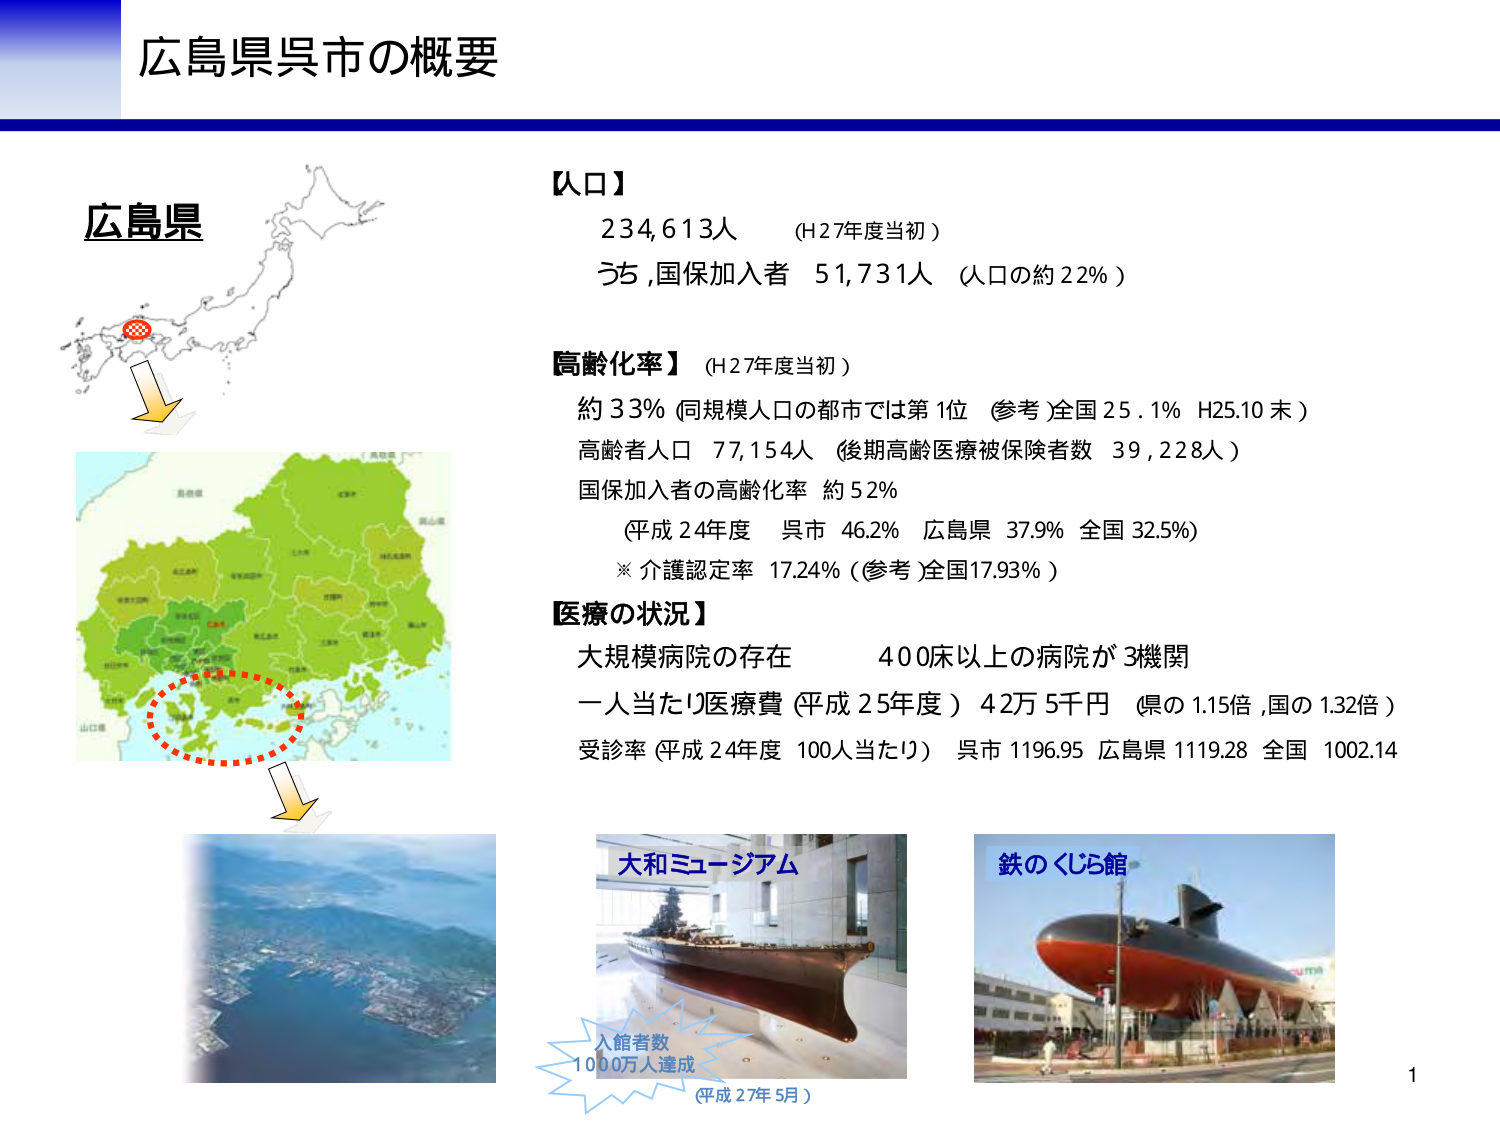
広島県呉市の概要

広島県

【人口】
234,613人 （H27年度当初）
うち、国保加入者 51,731人 （人口の約22％）

【高齢化率】（H27年度当初）
約33％（同規模人口の都市では第1位 （参考）全国25.1％ H25.10末）
高齢者人口 77,154人 （後期高齢医療被保険者数 39,228人）
国保加入者の高齢化率 約52％
（平成24年度 呉市 46.2％ 広島県 37.9％ 全国 32.5％）
※介護認定率 17.24％（参考）全国17.93％）

【医療の状況】
大規模病院の存在 400床以上の病院が3機関
一人当たり医療費（平成25年度）42万5千円 （県の1.15倍、国の1.32倍）
受診率（平成24年度 100人当たり）呉市 1196.95 広島県 1119.28 全国 1002.14

大和ミュージアム
入館者数
1000万人達成
（平成27年5月）

鉄のくじら館

1